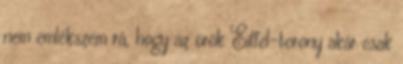
nem emlékszem rá, hogy az örök Eiffel-torony akár csak